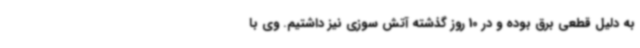
به دلیل قطعی برق بوده و در 10 روز گذشته آتش سوزی نیز داشتیم. وی با